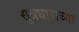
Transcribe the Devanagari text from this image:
सूत्रधाराच्या